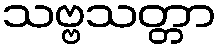
သဗ္ဗသတ္တာ